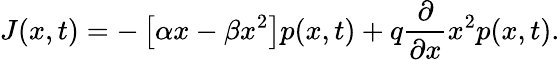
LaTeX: J(x,t)=-\left[\alpha x-\beta x^{2}\right]p(x,t)+q\frac{\partial}{\partial x}x^{2}p(x,t).